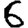
Digit: 6